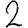
Digit: 2